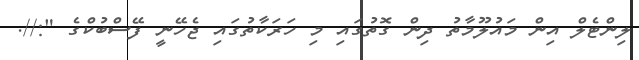
ލިންޓެލް އިން މައުލޫމާތު ދިން ގޮތުގައި މި ހަރަކާތުގައި ޖެހޭނީ ފޭސްބުކްގެ "://.